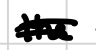
Text: the
Cross-out: double-line
Writing tool: digital_black